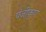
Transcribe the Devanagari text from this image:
पंजीकृण